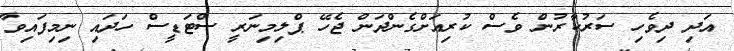
އަދި ދިވެހި ސަރުކާރުން ވެސް ކުރިއަށްގެންދަން ޖެހޭ ޕްލިމިނަރީ ސްޓަޑީސް ހަދައި ނިމިފައިވާ